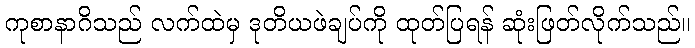
ကုစာနာဂိသည် လက်ထဲမှ ဒုတိယဖဲချပ်ကို ထုတ်ပြရန် ဆုံးဖြတ်လိုက်သည်။